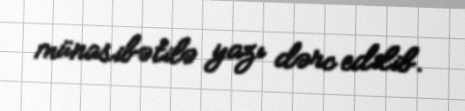
münasibətilə yazı dərc edilib.